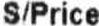
S/PRICE